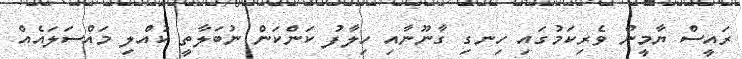
ރައީސް ޔާމީން ވެރިކަމުގައި ހިނގި ގާނޫނާއި ހިލާފު ކަންކަން ނުބަލާތީ ކުއްލި މައްސަލައެއް